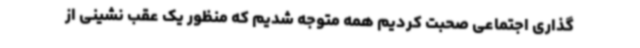
گذاری اجتماعی صحبت کردیم همه متوجه شدیم که منظور یک عقب نشینی از